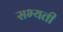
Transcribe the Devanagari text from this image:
सभ्यती